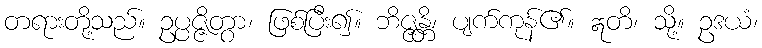
တရားတို့သည်။ ဥပ္ပဇ္ဇိတွာ၊ ဖြစ်ပြီး၍။ ဘိဇ္ဇန္တိ၊ ပျက်ကုန်၏။ ဣတိ၊ သို့။ ဥဒယံ၊